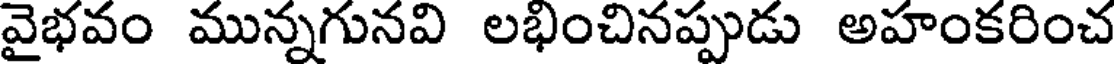
వైభవం మున్నగునవి లభించినప్పుడు అహంకరించ